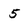
Character: 5